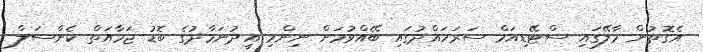
އެގޮތުން މާލޭގައި ސްޓޭޑިއަމް ސަރަހައްދުގައި ބޭއްވުމަށް ނިންމި އީދުނަމާދުގެ ބޮޑު ޖަމާއަތް ކެންސަލް